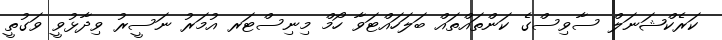
ކަރެކްޝަނަލް ސާވިސްގެ ކަންތައްތައް ބަލަހައްޓަވާ ހޯމް މިނިސްޓަރ އުމަރު ނަސީރު ވިދާޅުވީ ވަގުތީ